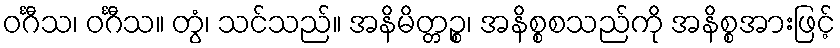
ဝင်္ဂီသ၊ ဝင်္ဂီသ။ တွံ၊ သင်သည်။ အနိမိတ္တဉ္စ၊ အနိစ္စစသည်ကို အနိစ္စအားဖြင့်